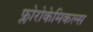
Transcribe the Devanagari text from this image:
फ्लोरोकेमिकल्स